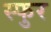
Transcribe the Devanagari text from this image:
स्‍फुर